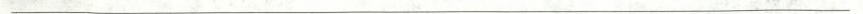
___